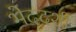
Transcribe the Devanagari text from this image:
भेददर्शी